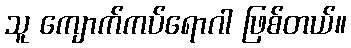
သူ ကျောက်ကပ်ရောဂါ ဖြစ်တယ်။